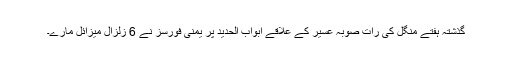
گذشتہ ہفتے منگل کی رات صوبہ عسیر کے علاقے ابواب الحدید پر یمنی فورسز نے 6 زلزال میزائل مارے۔